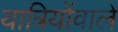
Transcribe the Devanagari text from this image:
यात्रियोंवाले